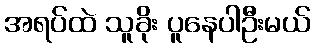
အရပ်ထဲ သူခိုး ပူနေပါဦးမယ်